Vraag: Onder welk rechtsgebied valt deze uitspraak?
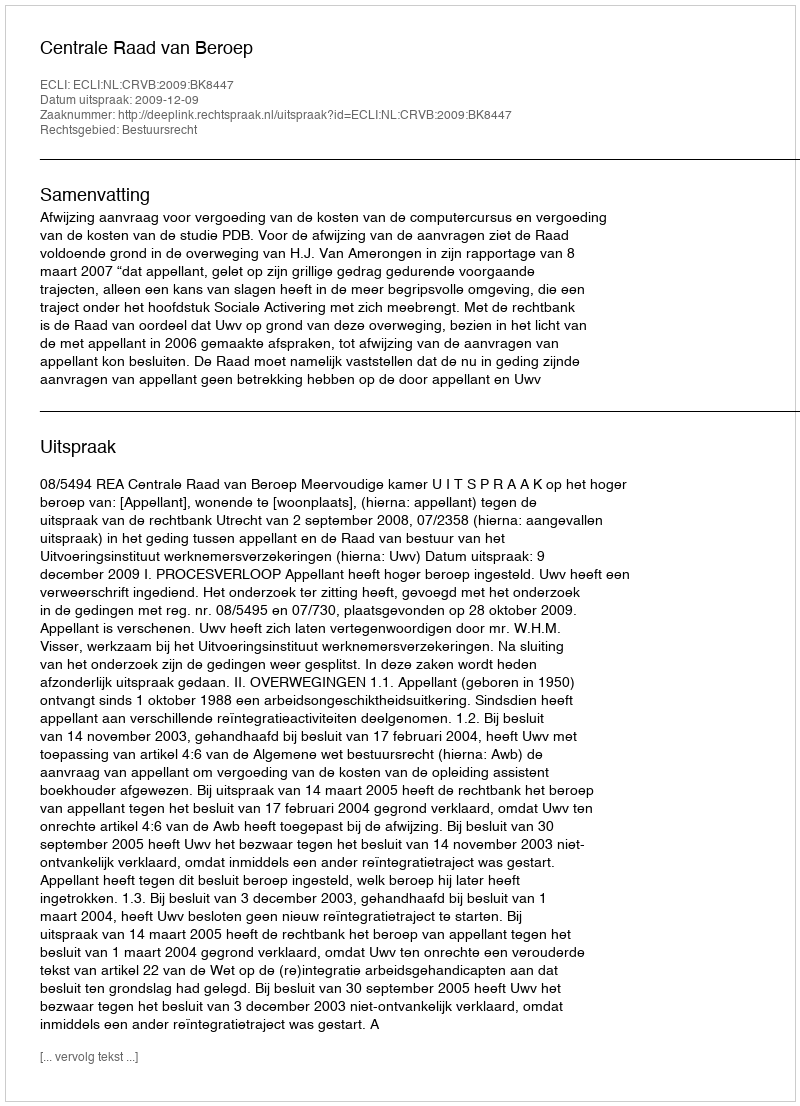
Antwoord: Bestuursrecht